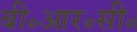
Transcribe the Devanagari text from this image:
बी॰आर॰सी॰